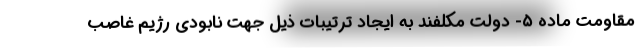
مقاومت ماده ۵- دولت مکلفند به ایجاد ترتیبات ذیل جهت نابودی رژیم غاصب